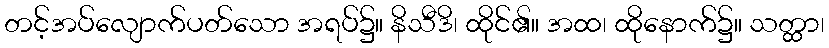
တင့်အပ်လျောက်ပတ်သော အရပ်၌။ နိသီဒိ၊ ထိုင်၏။ အထ၊ ထိုနောက်၌။ သတ္ထာ၊